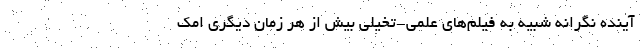
آینده نگرانه شبیه به فیلم‌های علمی-تخیلی بیش از هر زمان دیگری امک